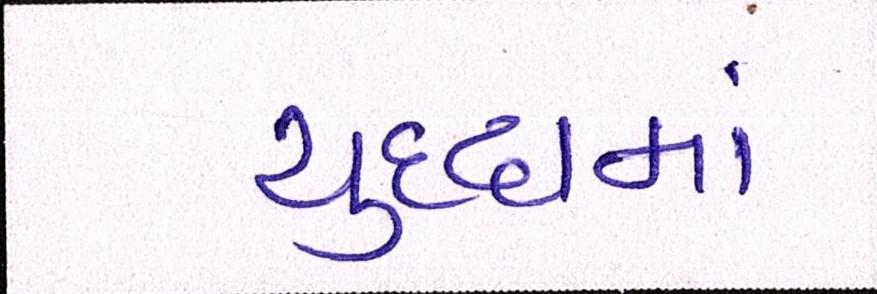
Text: યુધ્ધમાં